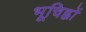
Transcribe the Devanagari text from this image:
भूचिह्नों